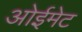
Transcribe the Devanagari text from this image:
ओईमेट